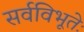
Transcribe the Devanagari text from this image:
सर्वविभूतेः